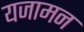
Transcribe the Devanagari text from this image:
यजामन